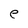
Character: e